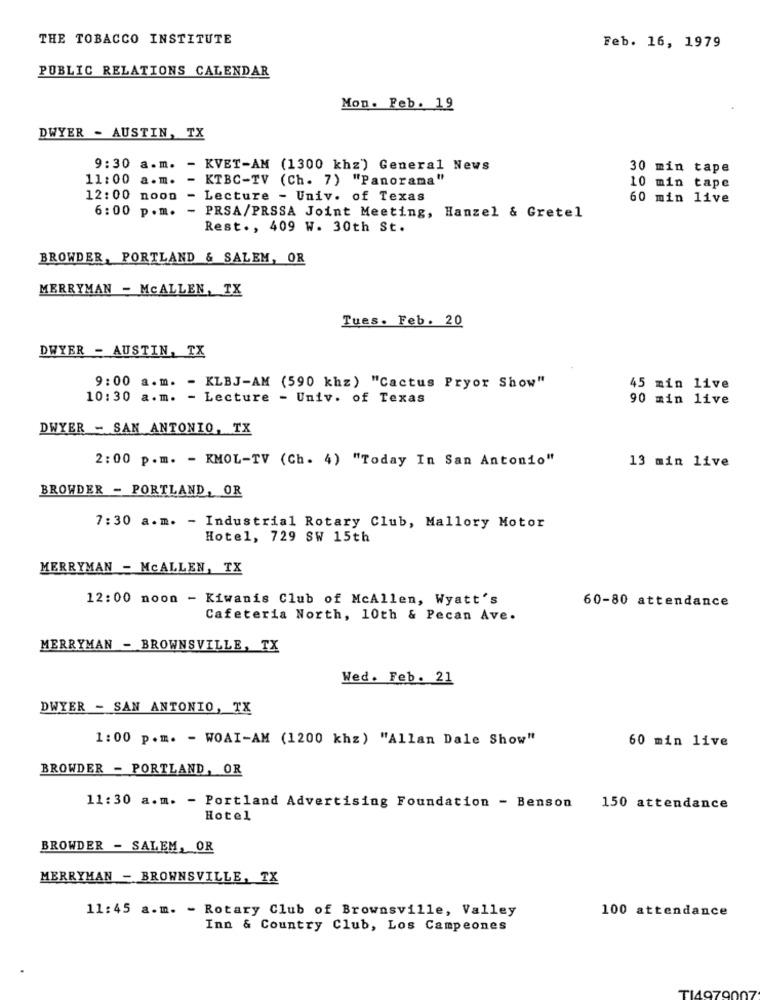
THE TOBACCO INSTITUTE
Feb. 16, 1979
PUBLIC RELATIONS CALENDAR
Mon . Feb. 19
DWYER - AUSTIN, TX
9:30 a.m. - KVET-AM (1300 khz) General News
30 min tape
11:00
a.m. - KTBC-TV (Ch. 7) "Panorama"
10 min tape
12:00 noon
- Lecture - Univ. of Texas
60 min live
6:00 p.m. - PRSA/PRSSA Joint Meeting, Hanzel & Gretel
Rest ., 409 W. 30th St.
BROWDER, PORTLAND & SALEM, OR
MERRYMAN - MCALLEN, TX
Tues. Feb. 20
DWYER - AUSTIN, TX
9:00 a.m. - KLBJ-AM (590 khz) "Cactus Pryor Show"
45 min live
10:30 a.m. - Lecture - Univ. of Texas
90 min live
DWYER - SAN ANTONIO, TX
2:00 p.m. - KMOL-TV (Ch. 4) "Today In San Antonio"
13 min live
BROWDER - PORTLAND, OR
7:30 a.m. - Industrial Rotary Club, Mallory Motor
Hotel, 729 SW 15th
MERRYMAN - MCALLEN, TX
12:00 noon - Kiwanis Club of McAllen, Wyatt's
60-80 attendance
Cafeteria North, 10th & Pecan Ave.
MERRYMAN - BROWNSVILLE, TX
Wed. Feb. 21
DWYER - SAN ANTONIO, TX
1:00 p.m. - WOAI-AM (1200 khz) "Allan Dale Show"
60 min live
BROWDER - PORTLAND, OR
11: 30 a.m. - Portland Advertising Foundation - Benson
150 attendance
Hotel
BROWDER - SALEM, OR
MERRYMAN - BROWNSVILLE, TX
11:45 a.m. - Rotary Club of Brownsville, Valley
100 attendance
Inn & Country Club, Los Campeones
Ti4979